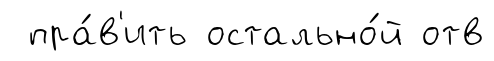
пра́в'ить остально́й отв